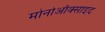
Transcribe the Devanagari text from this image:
मोनोऑक्साइद